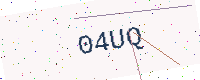
Text: 04UQ